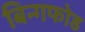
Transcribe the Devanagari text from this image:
बिन्गफोड